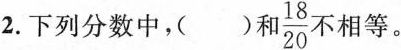
2.下列分数中，()和 \frac{18}{20} 不 相等。